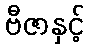
ဗီဇာနှင့်